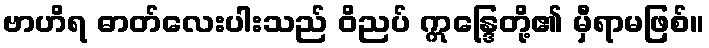
ဗာဟိရ ဓာတ်လေးပါးသည် ဝိညပ် ဣန္ဒြေတို့၏ မှီရာမဖြစ်။